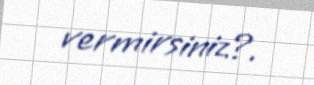
vermirsiniz?.